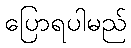
ပြောရပါမည်